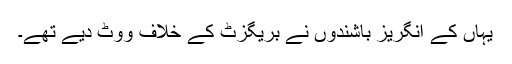
یہاں کے انگریز باشندوں نے بریگزٹ کے خلاف ووٹ دیے تھے۔